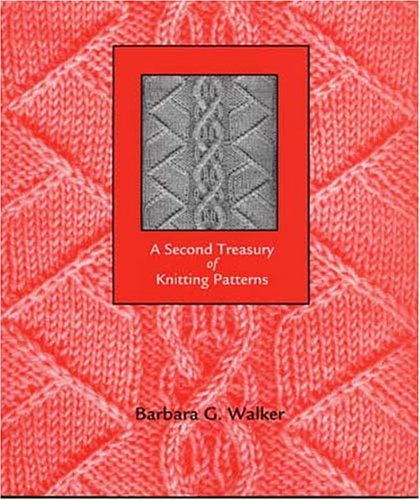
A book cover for A Second Treasury of Knitting Patterns; Barbara G. Walker; Crafts, Hobbies & Home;